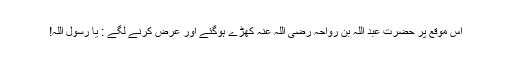
اس موقع پر حضرت عبد اللہ بن رواحہ رضی اللہ عنہ کھڑے ہوگئے اور عرض کرنے لگے : یا رسول اللہ!